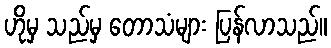
ဟိုမှ သည်မှ တောသံများ ပြန်လာသည်။